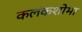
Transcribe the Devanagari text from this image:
कलंकशोभा